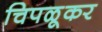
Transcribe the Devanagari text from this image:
चिपळूकर